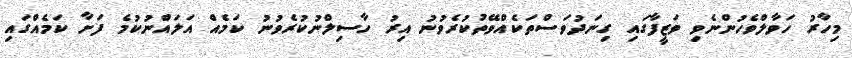
މިހާރު ހަވާލްވެހުންނެވި ވަޒީފާގައި ގިނަދުވަސްތަކެއްވޭތުކުރެވުނު އިރު ހާސިލްނުކުރެވުނު ކަމެއް އަލައްނުކުމެ ފަށާ ކަމެއްގައި